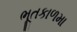
ભૂતકાળમા